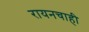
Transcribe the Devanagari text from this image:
रायनचाही